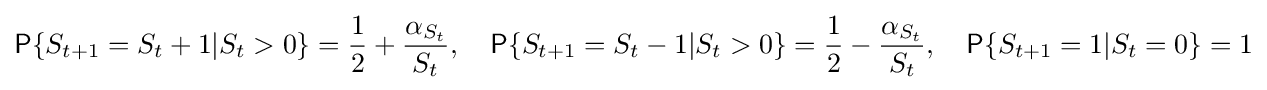
{\mathsf {P}}\{S_{t+1}=S_{t}+1|S_{t}>0\}={\frac {1}{2}}+{\frac {\alpha _{S_{t}}}{S_{t}}},\quad {\mathsf {P}}\{S_{t+1}=S_{t}-1|S_{t}>0\}={\frac {1}{2}}-{\frac {\alpha _{S_{t}}}{S_{t}}},\quad {\mathsf {P}}\{S_{t+1}=1|S_{t}=0\}=1